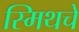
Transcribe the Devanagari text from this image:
स्मिथचे